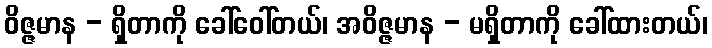
ဝိဇ္ဇမာန - ရှိတာကို ခေါ်ဝေါ်တယ်၊ အဝိဇ္ဇမာန - မရှိတာကို ခေါ်ထားတယ်၊